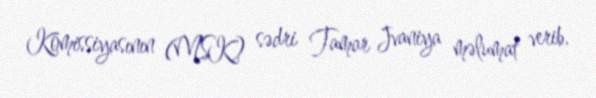
Komissiyasının (MSK) sədri Tamar Jvaniya məlumat verib.